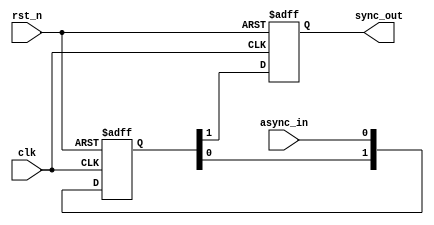
module async_to_sync_converter (
    input wire clk,          // Synchronous clock input
    input wire rst_n,       // Active low reset
    input wire async_in,    // Asynchronous input signal
    output reg sync_out     // Synchronized output signal
);

    // Internal signals for the synchronizer
    reg [1:0] sync_reg;     // Two-stage synchronizer register

    // Synchronous process to sample the asynchronous input
    always @(posedge clk or negedge rst_n) begin
        if (!rst_n) begin
            sync_reg <= 2'b00; // Reset the synchronizer registers
            sync_out <= 1'b0;  // Reset output
        end else begin
            sync_reg[0] <= async_in; // Sample the asynchronous input
            sync_reg[1] <= sync_reg[0]; // Second stage of sampling
            sync_out <= sync_reg[1]; // Output the stable signal
        end
    end

endmodule